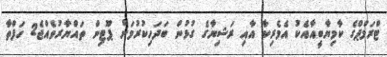
ޓްރަމްޕްގެ ކާމިޔާބީއާއެކު އެމެރިކާ އާއި ރަޝިޔާގެ ގުޅުން ބަދަހިކުރުމަށް ޕޫޓިން ތައްޔާރުވެއްޖެ2 ހަފްތާ